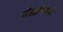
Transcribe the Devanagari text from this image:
मंडईमध्ये